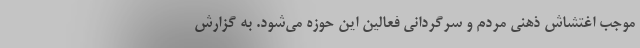
موجب اغتشاش ذهنی مردم و سرگردانی فعالین این حوزه می‌شود. به گزارش